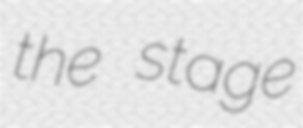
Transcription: the stage